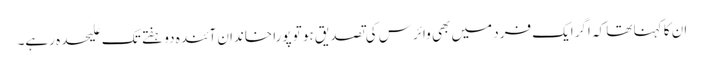
ان کا کہنا تھا کہ اگرایک فرد میں بھی وائرس کی تصدیق ہو تو پورا خاندان آئندہ دو ہفتے تک علیحدہ رہے۔